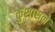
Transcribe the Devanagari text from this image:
कुशासने